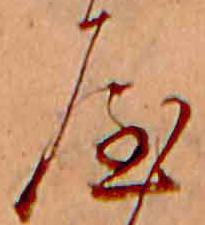
屋